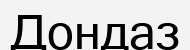
Дондаз